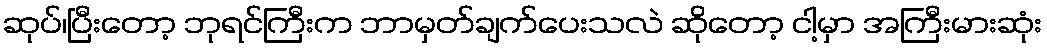
ဆုပ်၊ပြီးတော့ ဘုရင်ကြီးက ဘာမှတ်ချက်ပေးသလဲ ဆိုတော့ ငါ့မှာ အကြီးမားဆုံး